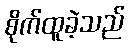
စိုက်ထူခဲ့သည်